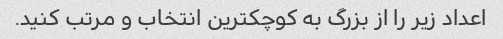
اعداد زیر را از بزرگ به کوچکترین انتخاب و مرتب کنید.